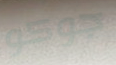
جوكو